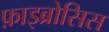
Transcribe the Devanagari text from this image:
फ़ाइब्रोसिस